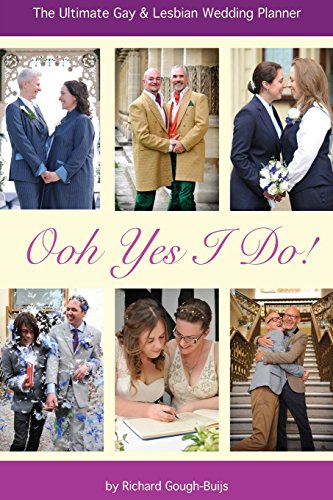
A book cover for Ooh Yes I Do!: The Ultimate Gay & Lesbian Wedding Planner; Mr Richard Gough-Buijs; Crafts, Hobbies & Home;